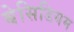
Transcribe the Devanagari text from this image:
बेसिडियम